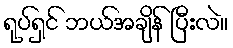
ရုပ်ရှင် ဘယ်အချိန် ပြီးလဲ။